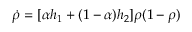
\dot { \rho } = [ \alpha h _ { 1 } + ( 1 - \alpha ) h _ { 2 } ] \rho ( 1 - \rho )